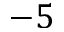
- 5